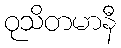
ဝုသိတမာနီ